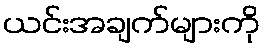
ယင်းအချက်များကို